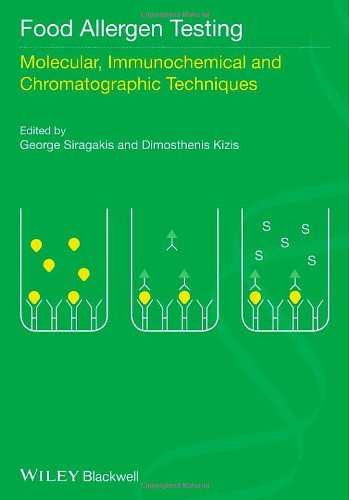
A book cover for Food Allergen Testing: Molecular, Immunochemical and Chromatographic Techniques; Health, Fitness & Dieting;